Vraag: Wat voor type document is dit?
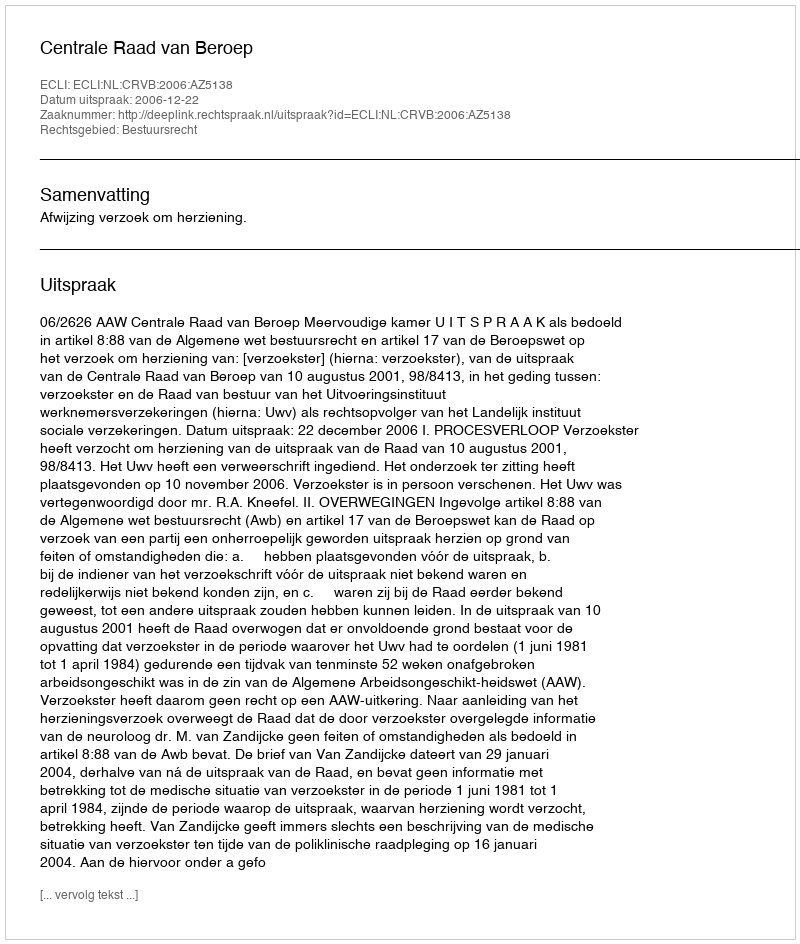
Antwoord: Uitspraak